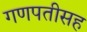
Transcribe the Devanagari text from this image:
गणपतीसह